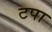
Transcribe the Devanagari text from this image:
टपा